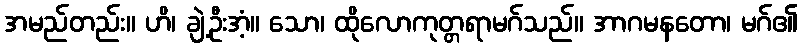
အမည်တည်း။ ဟိ၊ ချဲ့ဦးအံ့။ သော၊ ထိုလောကုတ္တရာမဂ်သည်။ အာဂမနတော၊ မဂ်၏